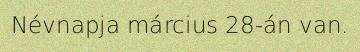
Névnapja március 28-án van.